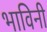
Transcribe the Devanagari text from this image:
भाविनी